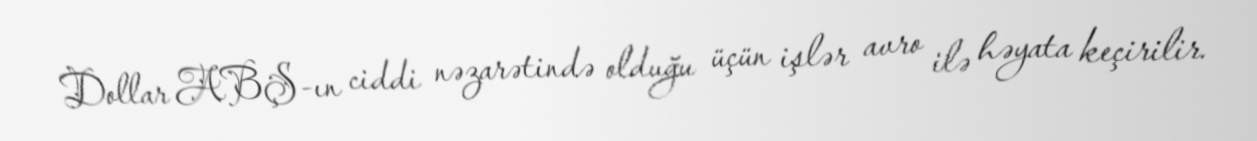
Dollar ABŞ-ın ciddi nəzarətində olduğu üçün işlər avro ilə həyata keçirilir.